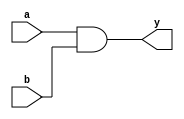
module andgate_beh(a,b,y);
input a,b;
output reg y;
always@*
  y=a&b;
endmodule